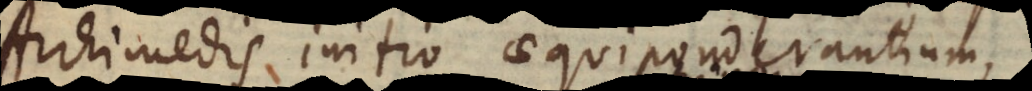
Archimedis initio aequiponderantium,